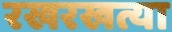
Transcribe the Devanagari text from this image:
रखरखत्या